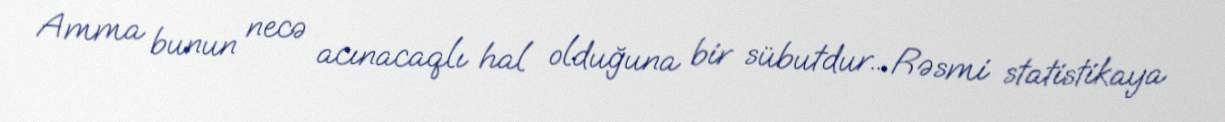
Amma bunun necə acınacaqlı hal olduğuna bir sübutdur... Rəsmi statistikaya